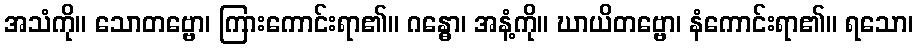
အသံကို။ သောတဗ္ဗော၊ ကြားကောင်းရာ၏။ ဂန္ဓော၊ အနံ့ကို။ ဃာယိတဗ္ဗော၊ နံကောင်းရာ၏။ ရသော၊